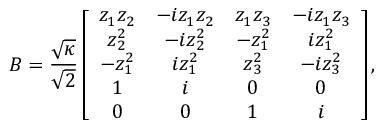
B = \frac { \sqrt { \kappa } } { \sqrt { 2 } } \left[ \begin{array} { c c c c } { z _ { 1 } z _ { 2 } } & { - i z _ { 1 } z _ { 2 } } & { z _ { 1 } z _ { 3 } } & { - i z _ { 1 } z _ { 3 } } \\ { z _ { 2 } ^ { 2 } } & { - i z _ { 2 } ^ { 2 } } & { - z _ { 1 } ^ { 2 } } & { i z _ { 1 } ^ { 2 } } \\ { - z _ { 1 } ^ { 2 } } & { i z _ { 1 } ^ { 2 } } & { z _ { 3 } ^ { 2 } } & { - i z _ { 3 } ^ { 2 } } \\ { 1 } & { i } & { 0 } & { 0 } \\ { 0 } & { 0 } & { 1 } & { i } \end{array} \right] ,